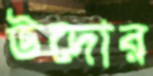
উদোর